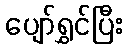
ပျော်ရွှင်ပြီး